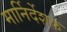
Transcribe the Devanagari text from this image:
मार्निर्देशक